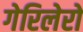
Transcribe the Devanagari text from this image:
गेरिलेरो